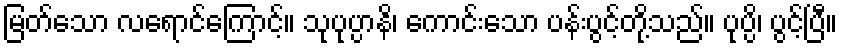
မြတ်သော လရောင်ကြောင့်။ သုပုပ္ပာနိ၊ ကောင်းသော ပန်းပွင့်တို့သည်။ ပုပ္ပိ၊ ပွင့်ပြီ။